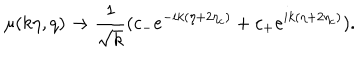
LaTeX: \mu ( k \eta , q ) \rightarrow \frac { 1 } { \sqrt { k } } ( c _ { - } e ^ { - i k ( \eta + 2 \eta _ { c } ) } + c _ { + } e ^ { i k ( \eta + 2 \eta _ { c } ) } ) .